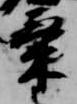
気